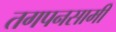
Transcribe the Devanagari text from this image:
तगपनसामी